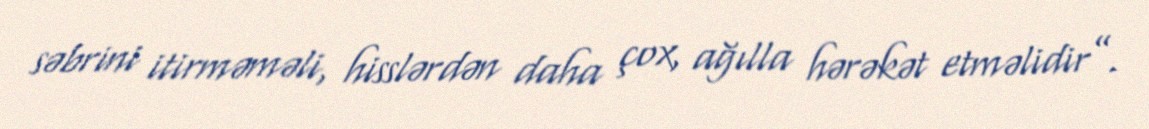
səbrini itirməməli, hisslərdən daha çox, ağılla hərəkət etməlidir”.